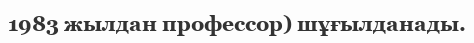
1983 жылдан профессор) шұғылданады.